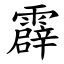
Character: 霹